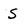
Character: S